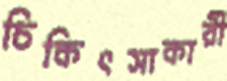
চিকিৎসাকারী